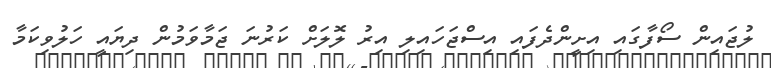
ލުޖައިން ސޯފާގައި އިށީންދެފައި އިސްޖަހައިލި އިރު ލޮލަށް ކަރުނަ ޖަމާވަމުން ދިޔައީ ހަލުވިކަމާ